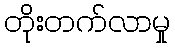
တိုးတက်လာမှု